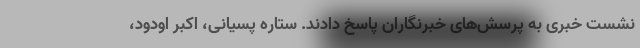
نشست خبری به پرسش‌های خبرنگاران پاسخ دادند. ستاره پسیانی، اکبر اودود،